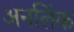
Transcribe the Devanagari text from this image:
अनलिंक